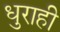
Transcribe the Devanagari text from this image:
धुराही